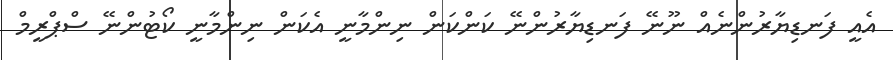
އެއީ ފަނޑިޔާރުންނެއް ނޫނޭ ފަނޑިޔާރުންނޭ ކަންކަން ނިންމާނީ އެކަން ނިންމާނީ ކޯޓުންނޭ ސްޕްރީމް